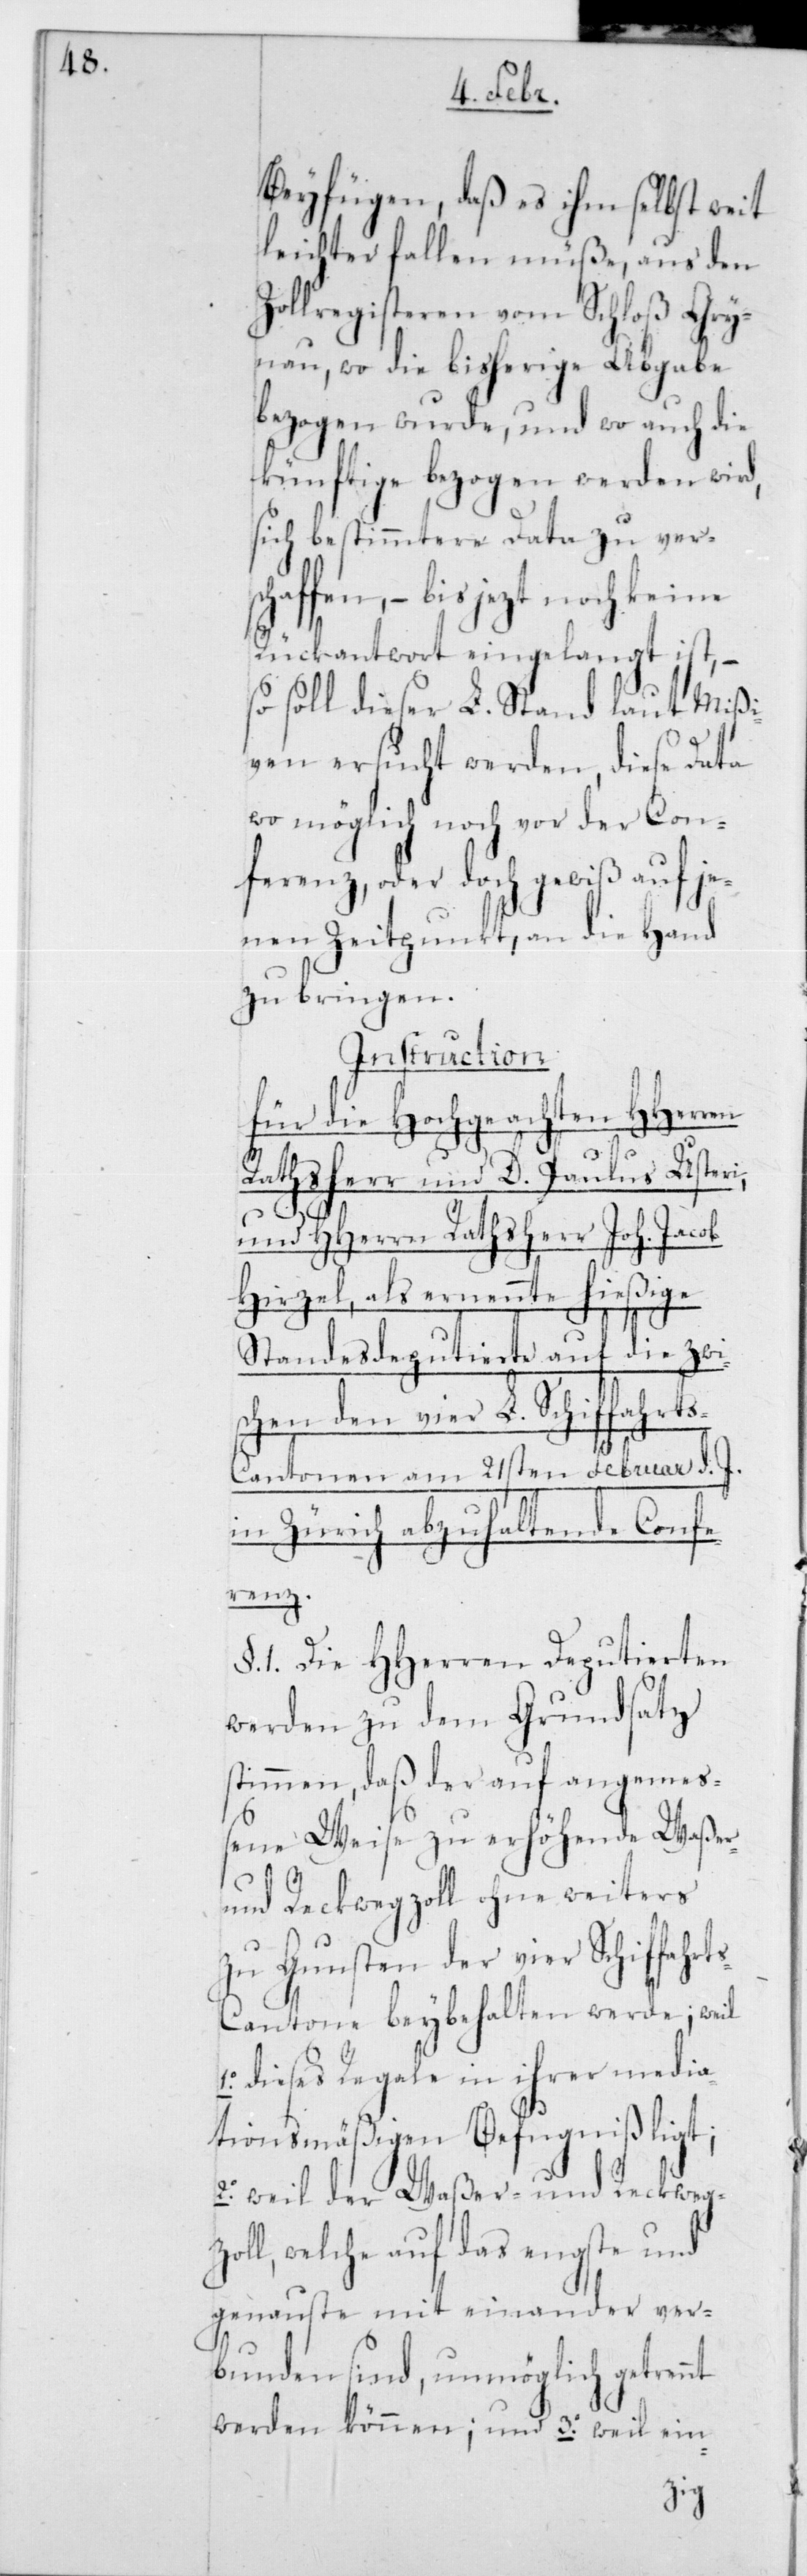
Beyfügen, daß es ihm selbst weit
leichter fallen müße, aus den
Zollregisteren vom Schloß Gry¬
nau, wo die bisherige Abgabe
bezogen wurde, und wo auch die
künftige bezogen werden wird,
sich bestimmtere Data zu versch¬
affen, – bis jetzt noch keine
Rückantwort eingelangt ist, –
soll dieser L. Stand laut Mißi¬
ven ersucht werden, diese Data
wo möglich noch vor der Con¬
ferenz, oder doch gewiß auf je¬
nen Zeitpunkt, an die Hand
zu bringen.
Instruction
für die hochgeachten HHerren
Rathsherr und D. Paulus Usteri;
und HHerrn Rathsherr Joh. Jacob
Hirzel; als ernennte hießige
Standesdeputierte auf die zwi¬
schen den vier L. Schiffahrt¬
s-Cantonen am 21sten Februar d. J.
in Zürich abzuhaltende Confe¬
rennt
§. 1. Die HHerren Deputierten
werden zu dem Grundsatz
stimmen, daß der auf angemes¬
sene Weise zu erhöhende Waßer-
und Reckwegzoll ohne weiters
zu Gunsten der vier Schiffahr¬
s-Cantone beybehalten werde; weil
1.o dieses Regale in ihrer media¬
tionsmäßigen Befugniß ligt;
2.o weil der Waßer- und Reckweg-Z¬
oll, welche auf das engste und
genauste mit einander ver¬
bunden sind, unmöglich get¬
t¬